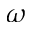
\omega